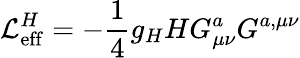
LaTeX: {\cal L}_{\mathrm{eff}}^{H}=-\frac{1}{4}g_{H}HG_{\mu\nu}^{a}G^{a,\mu\nu}